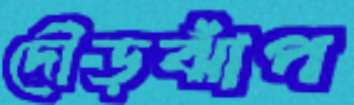
দৌড়ঝাঁপ